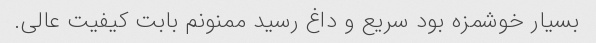
بسیار خوشمزه بود سریع و داغ رسید ممنونم بابت کیفیت عالى.